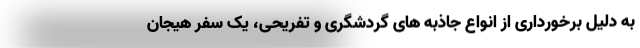
به دلیل برخورداری از انواع جاذبه های گردشگری و تفریحی، یک سفر هیجان